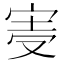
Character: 𡨊